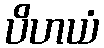
ပိဟယံ